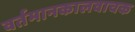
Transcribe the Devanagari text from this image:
वर्तमानकालवाचक